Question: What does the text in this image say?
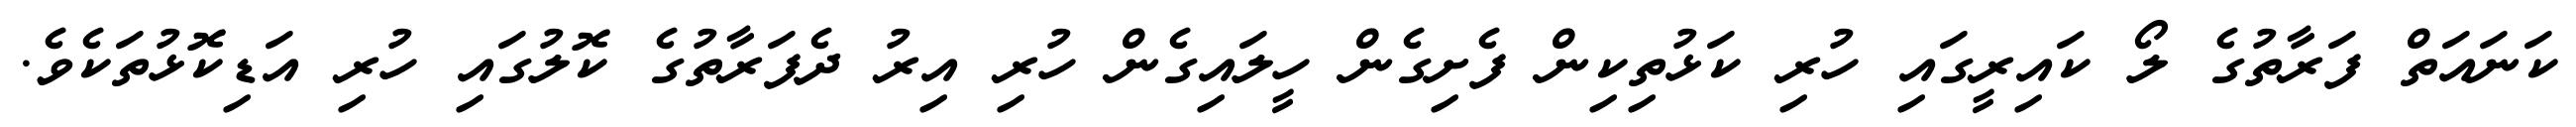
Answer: ކަނައަތް ފަރާތުގެ ލޯ ކައިރީގައި ހުރި ކަޅުތިކިން ފެށިގެން ހީލައިގެން ހުރި އިރު ދެފަރާތުގެ ކޮލުގައި ހުރި އަޑިކޮޅުތަކެވެ.